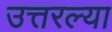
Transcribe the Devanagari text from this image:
उत्तरल्या